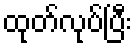
ထုတ်လုပ်ပြီး